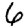
Digit: 6